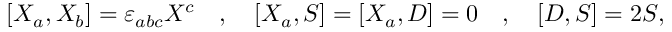
[ X _ { a } , X _ { b } ] = \varepsilon _ { a b c } X ^ { c } \quad , \quad { [ } X _ { a } , S { ] } = { [ } X _ { a } , D { ] } = 0 \quad , \quad { [ } D , S { ] } = 2 S ,